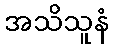
အသိသူနံ